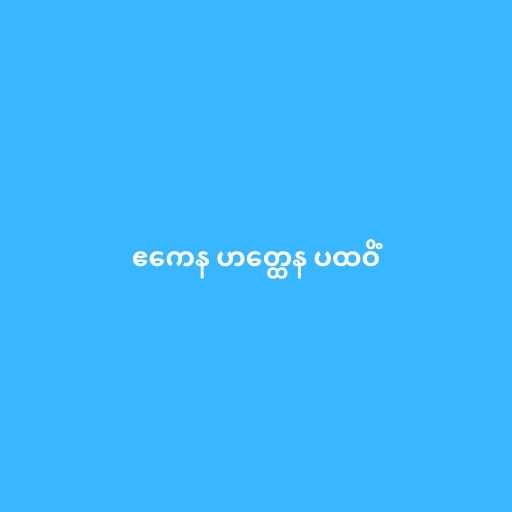
ဧကေန ဟတ္ထေန ပထဝိံ